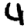
Digit: 4